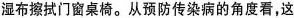
湿布擦拭